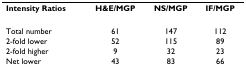
<table><thead><tr><td><b>Intensity Ratios</b></td><td><b>H&amp;E/MGP</b></td><td><b>NS/MGP</b></td><td><b>IF/MGP</b></td></tr></thead><tbody><tr><td>Total number</td><td>61</td><td>147</td><td>112</td></tr><tr><td>2-fold lower</td><td>52</td><td>115</td><td>89</td></tr><tr><td>2-fold higher</td><td>9</td><td>32</td><td>23</td></tr><tr><td>Net lower</td><td>43</td><td>83</td><td>66</td></tr></tbody></table>